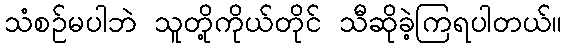
သံစဉ်မပါဘဲ သူတို့ကိုယ်တိုင် သီဆိုခဲ့ကြရပါတယ်။